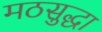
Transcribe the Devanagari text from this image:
मठसुद्धा